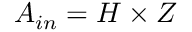
A _ { i n } = H \times Z